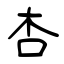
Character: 杏